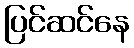
ပြင်ဆင်နေ